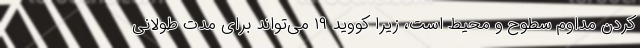
کردن مداوم سطوح و محیط است، زیرا کووید ۱۹ می‌تواند برای مدت طولانی